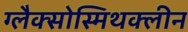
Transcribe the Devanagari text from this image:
ग्लैक्सोस्मिथक्लीन